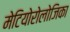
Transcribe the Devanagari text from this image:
मेटियोरोलोजिका